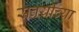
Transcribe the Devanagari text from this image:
सवयींच्या